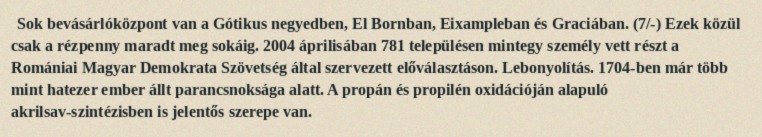
Sok bevásárlóközpont van a Gótikus negyedben, El Bornban, Eixampleban és Graciában. (7/-) Ezek közül csak a rézpenny maradt meg sokáig. 2004 áprilisában 781 településen mintegy személy vett részt a Romániai Magyar Demokrata Szövetség által szervezett előválasztáson. Lebonyolítás. 1704-ben már több mint hatezer ember állt parancsnoksága alatt. A propán és propilén oxidációján alapuló akrilsav-szintézisben is jelentős szerepe van.